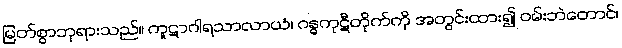
မြတ်စွာဘုရားသည်။ ကူဋာဂါရသာလာယံ၊ ဂန္ဓကုဋီတိုက်ကို အတွင်းထား၍ ဝမ်းဘဲတောင်၊